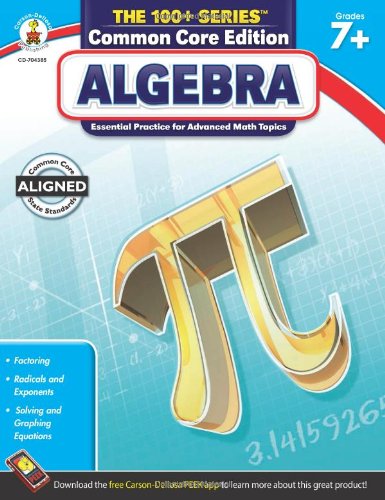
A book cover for Algebra, Grades 7 - 9 (The 100+ Series(TM)); Teen & Young Adult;